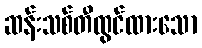
ဆန်းသစ်တီထွင်ထားသော